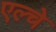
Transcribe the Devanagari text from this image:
एल्चे